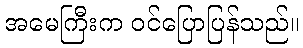
အမေကြီးက ဝင်ပြောပြန်သည်။